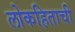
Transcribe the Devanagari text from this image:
लोकहिताची